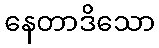
နေတာဒိသော